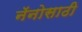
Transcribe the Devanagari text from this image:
नॅनोसाठी